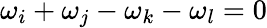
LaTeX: \omega_{i}+\omega_{j}-\omega_{k}-\omega_{l}=0